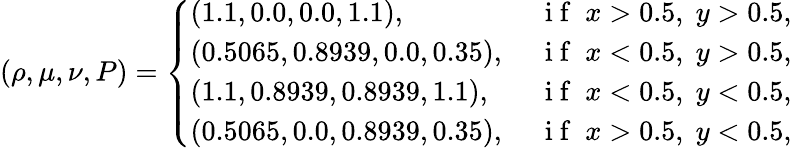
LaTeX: (\rho,\mu,\nu,P)=\left\{ \begin{array}{ll}{(1.1,0.0,0.0,1.1),\; }&{\mathrm{~i~f~}\; x>0.5,\; y>0.5,}\\ {(0.5065,0.8939,0.0,0.35),\; }&{\mathrm{~i~f~}\; x<0.5,\; y>0.5,}\\ {(1.1,0.8939,0.8939,1.1),\; }&{\mathrm{~i~f~}\; x<0.5,\; y<0.5,}\\ {(0.5065,0.0,0.8939,0.35),\; }&{\mathrm{~i~f~}\; x>0.5,\; y<0.5,}\end{array}\right.